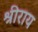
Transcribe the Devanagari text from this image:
श्रीराय